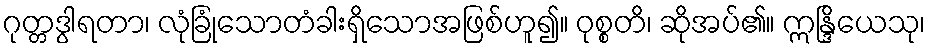
ဂုတ္တဒွါရတာ၊ လုံခြုံသောတံခါးရှိသောအဖြစ်ဟူ၍။ ဝုစ္စတိ၊ ဆိုအပ်၏။ ဣန္ဒြိယေသု၊